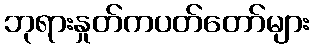
ဘုရားနှုတ်ကပတ်တော်များ